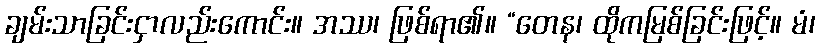
ချမ်းသာခြင်းငှာလည်းကောင်း။ အဿ၊ ဖြစ်ရာ၏။ “တေန၊ ထိုကမြစ်ခြင်းဖြင့်။ မံ၊